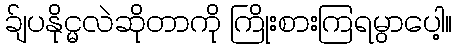
ခ်ျပနိုင္မလဲဆိုတာကို ကြိုးစားကြရမွာပေါ့။